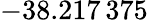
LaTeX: -38.217\, 375